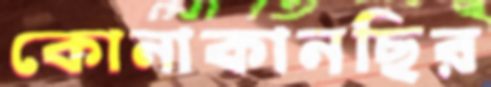
কোনাকানছির